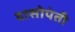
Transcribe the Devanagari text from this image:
दासोपंती